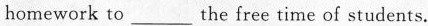
homework to___the free time of students.